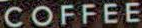
COFFEE